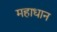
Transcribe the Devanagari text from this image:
महाधान